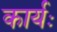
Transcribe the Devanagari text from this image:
कार्यः